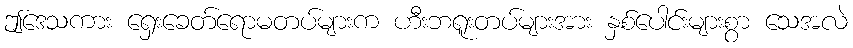
ဤဒေသကား ရှေးခေတ်ရောမတပ်များက ဟီးဘရူးတပ်များအား နှစ်ပေါင်းများစွာ သေအလဲ